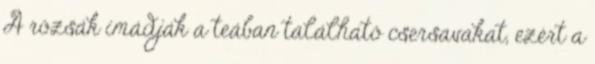
A rózsák imádják a teában található csersavakat, ezért a